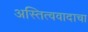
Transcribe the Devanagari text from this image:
अस्तित्ववादाचा